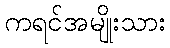
ကရင်အမျိုးသား